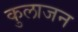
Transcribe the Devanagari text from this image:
कुलाजन